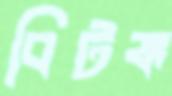
বিটঙ্ক